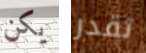
يكن تقدر